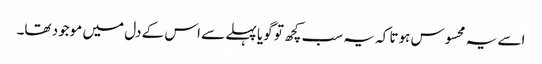
اسے یہ محسوس ہوتا کہ یہ سب کچھ تو گویا پہلے سے اس کے دل میں موجود تھا۔